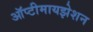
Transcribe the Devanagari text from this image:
ऑप्टीमायझेशन